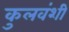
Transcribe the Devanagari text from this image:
कुलवंशी